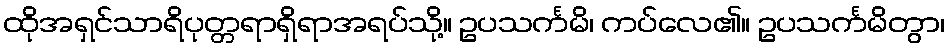
ထိုအရှင်သာရိပုတ္တရာရှိရာအရပ်သို့။ ဥပသင်္ကမိ၊ ကပ်လေ၏။ ဥပသင်္ကမိတွာ၊